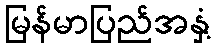
မြန်မာပြည်အနှံ့